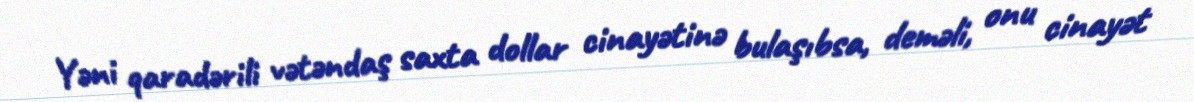
Yəni qaradərili vətəndaş saxta dollar cinayətinə bulaşıbsa, deməli, onu cinayət